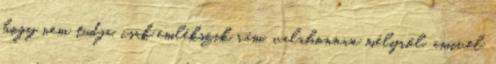
hogy nem tudja, csak emlékszik rám, valahonnan mélyről, amivel